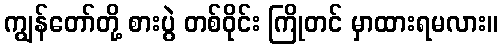
ကျွန်တော်တို့ စားပွဲ တစ်ဝိုင်း ကြိုတင် မှာထားရမလား။